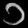
Digit: ၁